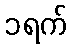
၁ရက်